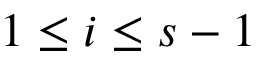
1 \leq i \leq s - 1